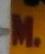
m